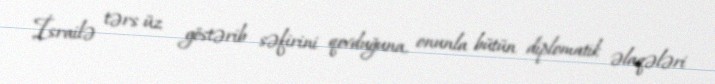
İsrailə tərs üz göstərib səfirini qovduğuna, onunla bütün diplomatik əlaqələri